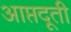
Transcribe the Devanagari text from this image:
आप्तदूती